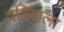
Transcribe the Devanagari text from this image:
दक्षिणला